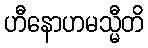
ဟီနောဟမသ္မီတိ